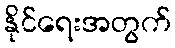
နိုင်ရေးအတွက်